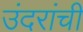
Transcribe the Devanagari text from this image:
उंदरांची